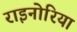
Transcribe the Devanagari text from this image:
राइनोरिया